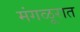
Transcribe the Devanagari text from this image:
मंगळूरात